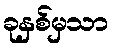
ခုနှစ်မှသာ